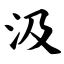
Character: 汲